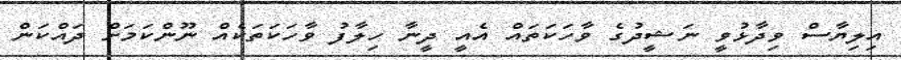
އިލިޔާސް ވިދާޅުވީ ނަޝީދުގެ ވާހަކަތައް އެއީ ދީނާ ހިލާފު ވާހަކަތަކެއް ނޫންކަމަށް ދައްކަން